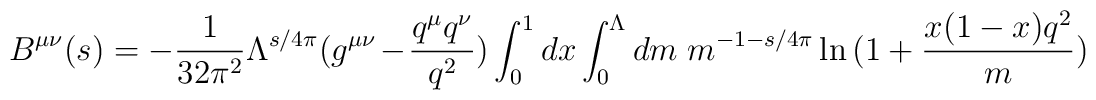
B^{\mu\nu}(s)=-\frac{1}{32\pi^{2}}\Lambda^{s/4\pi}(g^{\mu\nu}-\frac{q^{\mu}q^{\nu}}{q^{2}})\int_{0}^{1}dx\int_{0}^{\Lambda}dm\; m^{-1-s/4\pi}\ln{(1+\frac{x(1-x)q^{2}}{m})}